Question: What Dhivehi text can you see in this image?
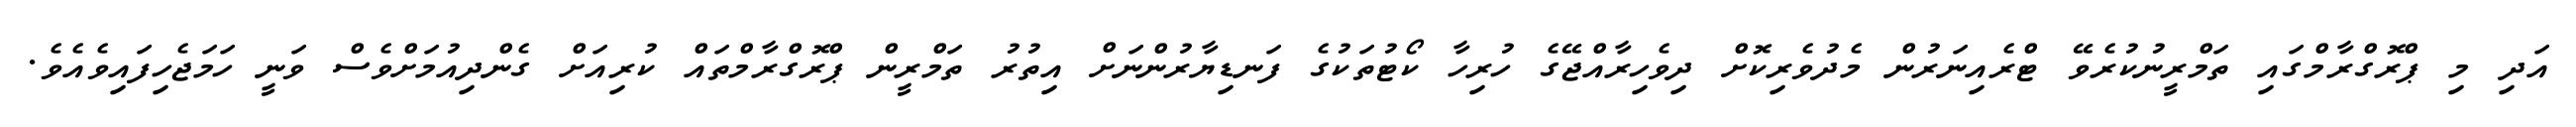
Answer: އަދި މި ޕްރޮގްރާމްގައި ތަމްރީނުކުރެވޭ ޓްރެއިނަރުން މެދުވެރިކޮށް ދިވެހިރާއްޖޭގެ ހުރިހާ ކޯޓުތަކުގެ ފަނޑިޔާރުންނަށް އިތުރު ތަމްރީން ޕްރޮގްރާމްތައް ކުރިއަށް ގެންދިއުމަށްވެސް ވަނީ ހަމަޖެހިފައިވެއެވެ.